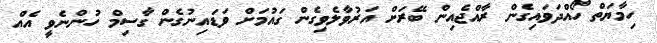
ހިމާޔަތް ހޯއްދަވައިގެން ރާއްޖެއިން ބޭރަށް އަރުވާލެވިގެން ގައުމަށް ވަޑައިނުގެން ގާސިމް ހުންނެވީ އެއް